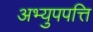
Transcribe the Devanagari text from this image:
अभ्युपपत्ति